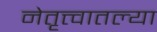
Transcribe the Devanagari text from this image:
नेतृत्त्वातल्या